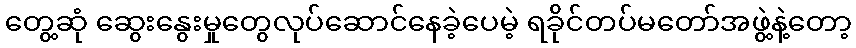
တွေ့ဆုံ ဆွေးနွေးမှုတွေလုပ်ဆောင်နေခဲ့ပေမဲ့ ရခိုင်တပ်မတော်အဖွဲ့နဲ့တော့